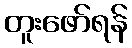
တူးဖော်ရန်